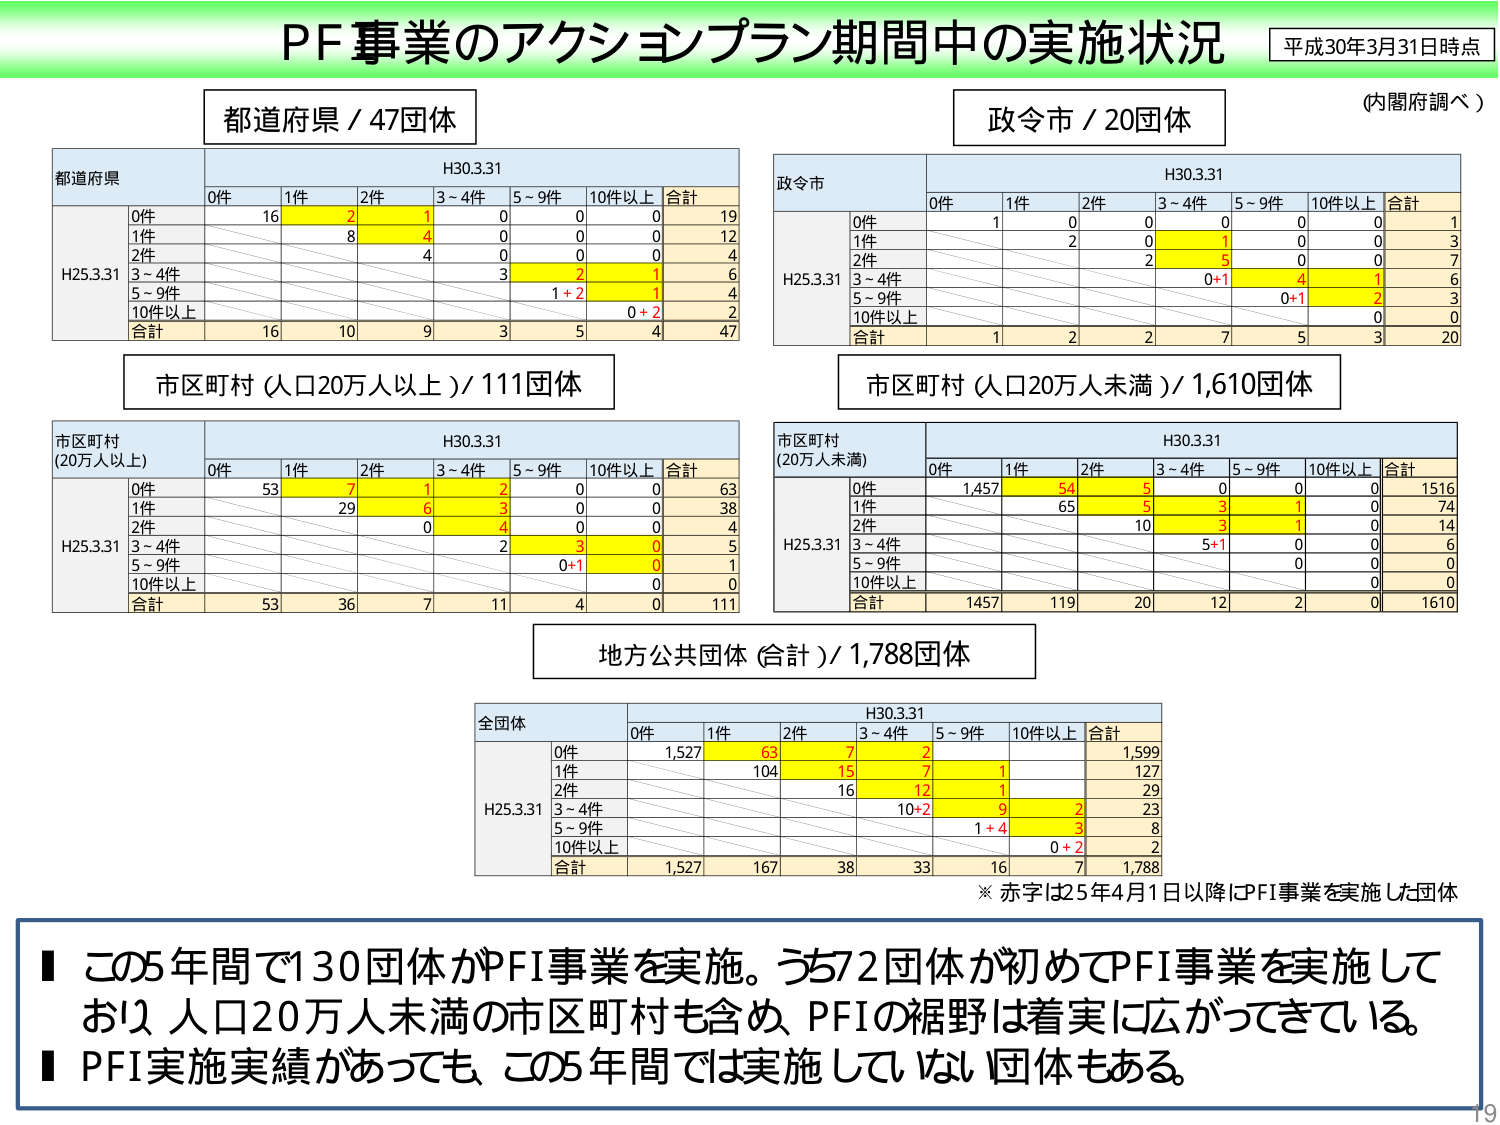
PF事業のアクションプラン期間中の実施状況
平成30年3月31日時点
(内閣府調べ)

都道府県 / 47団体
都道府県
H30.3.31
0件 1件 2件 3～4件 5～9件 10件以上 合計
0件 16 2 1 0 0 0 19
1件 8 4 0 0 0 12
2件 4 0 0 0 0 4
3～4件 3 2 1 6
5～9件 1+2 1 4
10件以上 0+2 2
合計 16 10 9 3 5 4 47

政令市 / 20団体
政令市
H30.3.31
0件 1件 2件 3～4件 5～9件 10件以上 合計
0件 1 0 0 0 0 0 1
1件 2 0 1 0 0 3
2件 2 5 0 7
3～4件 0+1 4 1 6
5～9件 0+1 2 3
10件以上 0 0
合計 1 2 2 7 5 3 20

市区町村（人口20万人以上）/ 111団体
市区町村 (20万人以上)
H30.3.31
0件 1件 2件 3～4件 5～9件 10件以上 合計
0件 53 7 1 2 0 0 63
1件 29 6 3 0 0 38
2件 0 4 0 4
3～4件 2 3 0 5
5～9件 0+1 0 1
10件以上 0 0
合計 53 36 7 11 4 0 111

市区町村（人口20万人未満）/ 1,610団体
市区町村 (20万人未満)
H30.3.31
0件 1件 2件 3～4件 5～9件 10件以上 合計
0件 1,457 54 5 0 0 0 1516
1件 65 5 3 1 0 74
2件 10 3 1 0 14
3～4件 5+1 0 6
5～9件 0 0
10件以上 0 0
合計 1457 119 20 12 2 0 1610

地方公共団体（合計）/ 1,788団体
全国体
H30.3.31
0件 1件 2件 3～4件 5～9件 10件以上 合計
0件 1,527 63 7 2 1,599
1件 104 15 7 1 127
2件 16 12 1 29
3～4件 10+2 9 2 23
5～9件 1+4 3 8
10件以上 0+2 2
合計 1,527 167 38 33 16 7 1,788

※ 赤字は25年4月1日以降にPFI事業を実施した団体

■ この5年間で130団体がPFI事業を実施。うち72団体が初めてPFI事業を実施しており、人口20万人未満の市区町村も含め、PFIの裾野は着実に広がってきている。
■ PFI実施実績があっても、この5年間では実施していない団体もある。

19